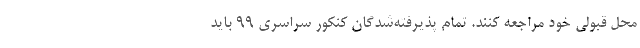
محل قبولی خود مراجعه کنند. تمام پذیرفته‌شدگان کنکور سراسری ۹۹ باید